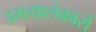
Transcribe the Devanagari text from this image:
उभयालंकारों